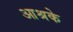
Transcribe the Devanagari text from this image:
आश्रके